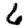
Digit: 6